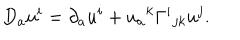
D _ { a } u ^ { i } = \partial _ { a } u ^ { i } + u _ { a } { } ^ { k } \Gamma ^ { i } { } _ { j k } u ^ { j } .